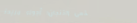
مقهى الفنجان: أجواء مريحة